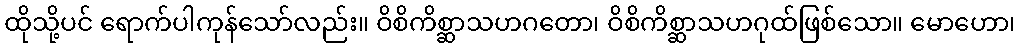
ထိုသို့ပင် ရောက်ပါကုန်သော်လည်း။ ဝိစိကိစ္ဆာသဟဂတော၊ ဝိစိကိစ္ဆာသဟဂုထ်ဖြစ်သော။ မောဟော၊